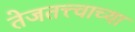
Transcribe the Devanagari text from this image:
तेजतत्त्वाच्या